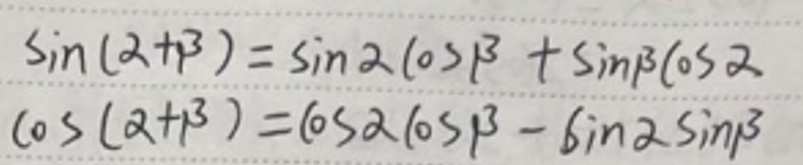
\[
\begin{align*}
\sin(\alpha+\beta)&=\sin\alpha\cos\beta+\sin\beta\cos\alpha\\
\cos(\alpha + \beta)&=\cos\alpha\cos\beta-\sin\alpha\sin\beta
\end{align*}
\]